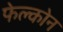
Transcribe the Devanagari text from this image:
फेल्कोन